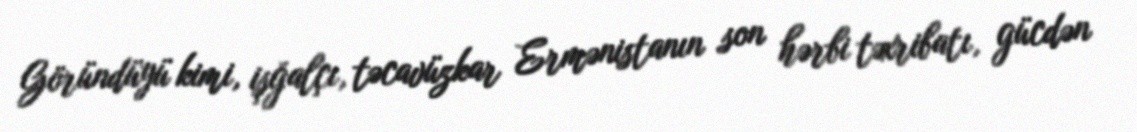
Göründüyü kimi, işğalçı, təcavüzkar Ermənistanın son hərbi təxribatı, gücdən